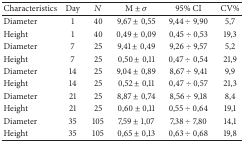
<table><thead><tr><td><b>Characteristics</b></td><td><b>Day</b></td><td><b><i>N</i></b></td><td><b>M ± <i>σ</i></b></td><td><b>95% CI</b></td><td><b>CV%</b></td></tr></thead><tbody><tr><td>Diameter</td><td>1</td><td>40</td><td>9,67 ± 0,55</td><td>9,44 ÷ 9,90</td><td>5,7</td></tr><tr><td>Height</td><td>1</td><td>40</td><td>0,49 ± 0,09</td><td>0,45 ÷ 0,53</td><td>19,3</td></tr><tr><td>Diameter</td><td>7</td><td>25</td><td>9,41 ± 0,49</td><td>9,26 ÷ 9,57</td><td>5,2</td></tr><tr><td>Height</td><td>7</td><td>25</td><td>0,50 ± 0,11</td><td>0,47 ÷ 0,54</td><td>21,9</td></tr><tr><td>Diameter</td><td>14</td><td>25</td><td>9,04 ± 0,89</td><td>8,67 ÷ 9,41</td><td>9,9</td></tr><tr><td>Height</td><td>14</td><td>25</td><td>0,52 ± 0,11</td><td>0,47 ÷ 0,57</td><td>21,3</td></tr><tr><td>Diameter</td><td>21</td><td>25</td><td>8,87 ± 0,74</td><td>8,56 ÷ 9,18</td><td>8,4</td></tr><tr><td>Height</td><td>21</td><td>25</td><td>0,60 ± 0,11</td><td>0,55 ÷ 0,64</td><td>19,1</td></tr><tr><td>Diameter</td><td>35</td><td>105</td><td>7,59 ± 1,07</td><td>7,38 ÷ 7,80</td><td>14,1</td></tr><tr><td>Height</td><td>35</td><td>105</td><td>0,65 ± 0,13</td><td>0,63 ÷ 0,68</td><td>19,8</td></tr></tbody></table>